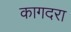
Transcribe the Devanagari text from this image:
कागदरा